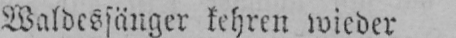
Waldessänger kehren wieder